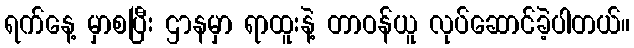
ရက်နေ့ မှာစပြီး ဌာနမှာ ရာထူးနဲ့ တာဝန်ယူ လုပ်ဆောင်ခဲ့ပါတယ်။